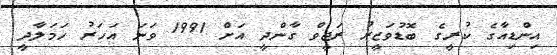
އިންޑިއާގެ ކުރީގެ ބޮޑުވަޒީރު ރަޖީވް ގާންދީ އަށް 1991 ވަނަ އަހަރު ހަމަލާދީ